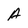
Character: A